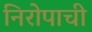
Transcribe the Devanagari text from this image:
निरोपाची